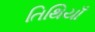
તિથિયાઁ